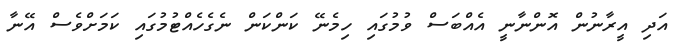
އަދި އީރާނުން އޮންނާނީ އެއްބަސް ވުމުގައި ހިމެނޭ ކަންކަން ނެގެހެއްޓުމުގައި ކަމަށްވެސް އޭނާ